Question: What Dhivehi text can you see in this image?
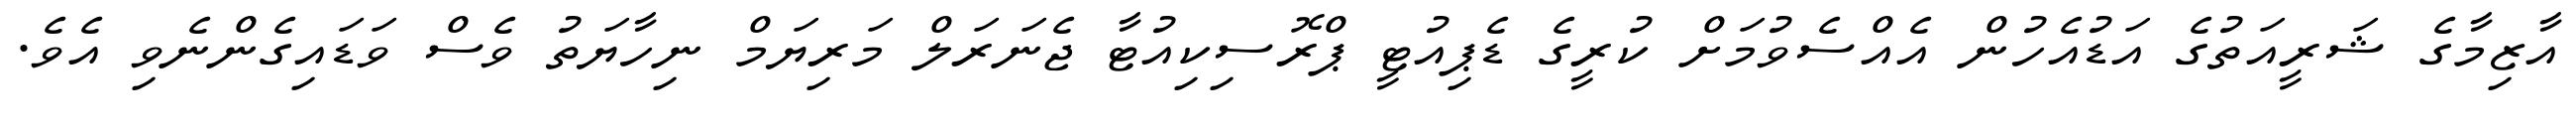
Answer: އާޒިމާގެ ޝަރީއަތުގެ އަޑުއެހުން އެއްސެވުމަށް ކުރީގެ ޑެޕިއުޓީ ޕްރޮސިކިއުޓާ ޖެނަރަލް މަރިޔަމް ނިހާޔަތު ވެސް ވަޑައިގެންނެވި އެވެ.